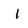
Character: l